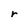
Character: r